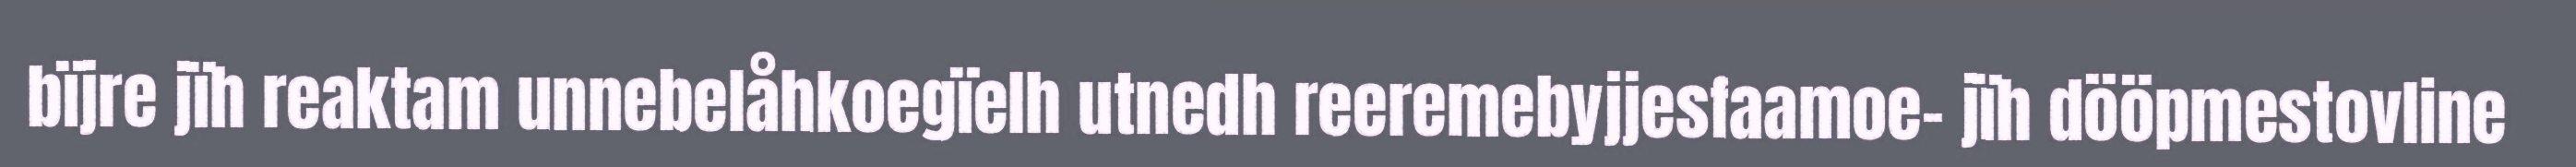
bïjre jïh reaktam unnebelåhkoegïelh utnedh reeremebyjjesfaamoe- jïh dööpmestovline